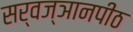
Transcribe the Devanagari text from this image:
सर्वज्ञानपीठ